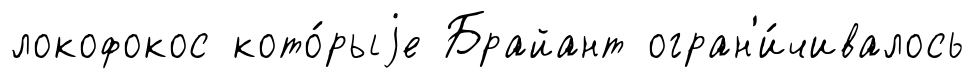
локофокос кото́рыjе Брайант огран'и́чивалось